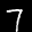
Label: 7